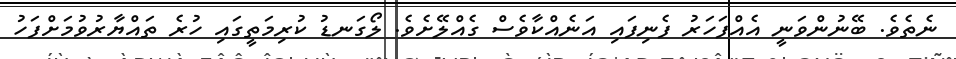
ނެތެވެ. ބޭނުންވަނީ އެއްފަހަރު ފެނިފައި އަނެއްކާވެސް ގެއްލޭށެވެ. ލޯގަނޑު ކުރިމަތީގައި ހުރެ ތައްޔާރުވުމަށްފަހު